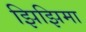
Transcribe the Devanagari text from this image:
झिझिमा